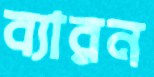
ব্যারন